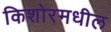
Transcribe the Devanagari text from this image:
किशोरमधील